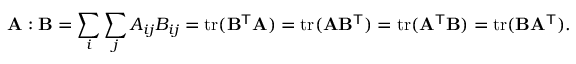
\mathbf { A } : \mathbf { B } = \sum _ { i } \sum _ { j } A _ { i j } B _ { i j } = \operatorname { t r } ( \mathbf { B } ^ { \mathsf { T } } \mathbf { A } ) = \operatorname { t r } ( \mathbf { A } \mathbf { B } ^ { \mathsf { T } } ) = \operatorname { t r } ( \mathbf { A } ^ { \mathsf { T } } \mathbf { B } ) = \operatorname { t r } ( \mathbf { B } \mathbf { A } ^ { \mathsf { T } } ) .